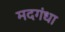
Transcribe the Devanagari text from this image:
मदगंधा